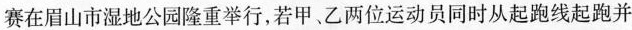
赛在眉山市湿地公园隆重举行，若甲、乙两位运动员同时从起跑线起跑并